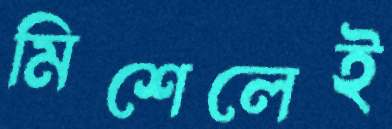
মিশেলেই